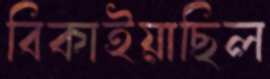
বিকাইয়াছিল